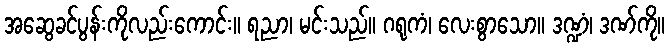
အဆွေခင်ပွန်းကိုလည်းကောင်း။ ရညာ၊ မင်းသည်။ ဂရုကံ၊ လေးစွာသော။ ဒဏ္ဍံ၊ ဒဏ်ကို။